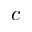
c